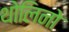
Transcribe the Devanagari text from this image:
थोलिनो